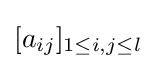
[a_{ij}]_{1\leq i,j\leq l}